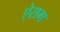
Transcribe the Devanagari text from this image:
ऐराग